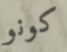
كونو